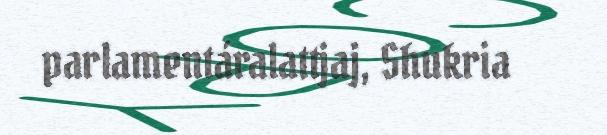
parlamentáralattjaj, Shukria